Medical and sanitary report of the native army of Bengal for the year
Year: 1878
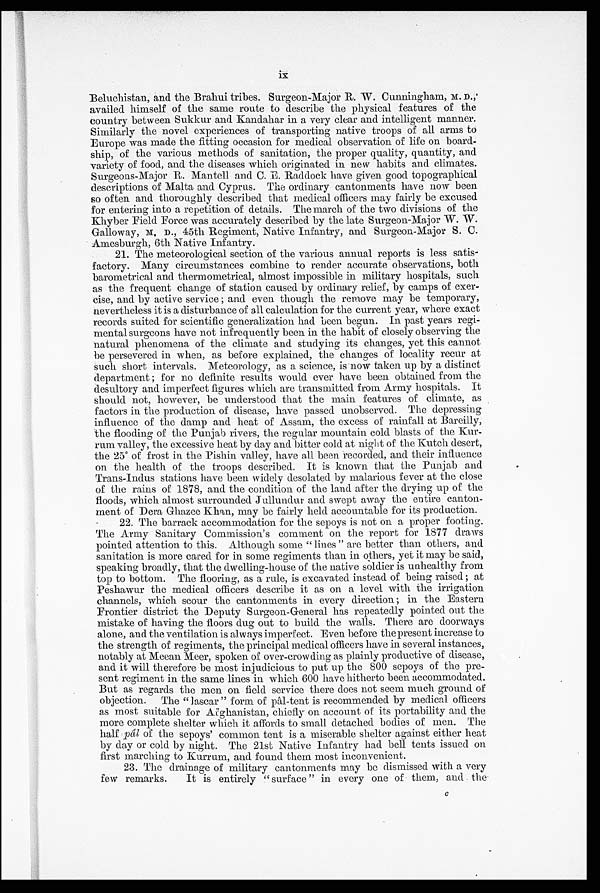
ix
Beluchistan, and the Brahui tribes. Surgeon-Major R. W. Cunningham, M. D.,
availed himself of the same route to describe the physical features of the
country between Sukkur and Kandahar in a very clear and intelligent manner.
Similarly the novel experiences of transporting native troops of all arms to
Europe was made the fitting occasion for medical observation of life on board
-ship, of the various methods of sanitation, the proper quality, quantity, and
variety of food, and the diseases which originated in new habits and climates.
Surgeons-Major R. Mantell and C. E. Raddock have given good topographical
descriptions of Malta and Cyprus. The ordinary cantonments have now been
so often and thoroughly described that medical officers may fairly be excused
for entering into a repetition of details. The march of the two divisions of the
Khyber Field Force was accurately described by the late Surgeon-Major W. W.
Galloway, M. D., 45th Regiment, Native Infantry, and Surgeon-Major S. C.
Amesburgh, 6th Native Infantry.
21. The meteorological section of the various annual reports is less satis
- f a c t o r y . M a n y c i r c u m s t a n c e s c o m b i n e t o r e n d e r a c c u r a t e o b s e r v a t i o n s , b o t h
barometrical and thermometrical, almost impossible in military hospitals, such
as the frequent change of station caused by ordinary relief, by camps of exer
- c i s e , a n d b y a c t i v e s e r v i c e ; a n d e v e n t h o u g h t h e r e m o v e m a y b e t e m p o r a r y ,
nevertheless it is a disturbance of all calculation for the current year, where exact
records suited for scientific generalization had been begun. In past years regi
- m e n t a l s u r g e o n s h a v e n o t i n f r e q u e n t l y b e e n i n t h e h a b i t o f c l o s e l y o b s e r v i n g t h e
natural phenomena of the climate and studying its changes, yet this cannot
be persevered in when, as before explained, the changes of locality recur at
such short intervals. Meteorology, as a science, is now taken up by a distinct
department; for no definite results would ever have been obtained from the
desultory and imperfect figures which are transmitted from Army hospitals. It
should not, however, be understood that the main features of climate, as
factors in the production of disease, have passed unobserved. The depressing
influence of the damp and heat of Assam, the excess of rainfall at Bareilly,
the flooding of the Punjab rivers, the regular mountain cold blasts of the Kur
- r u m v a l l e y , t h e e x c e s s i v e h e a t b y d a y a n d b i t t e r c o l d a t n i g h t o f t h e K u t c h d e s e r t ,
the 25° of frost in the Pishin valley, have all been recorded, and their influence
on the health of the troops described. It is known that the Punjab and
Trans-Indus stations have been widely desolated by malarious fever at the close
of the rains of 1878, and the condition of the land after the drying up of the
floods, which almost surrounded Jullundur and swept away the entire canton
- m e n t o f D e r a G h a z e e K h a n , m a y b e f a i r l y h e l d a c c o u n t a b l e f o r i t s p r o d u c t i o n .
22. The barrack accommodation for the sepoys is not on a proper footing.
The Army Sanitary Commission's comment on the report for 1877 draws
pointed attention to this. Although some "lines" are better than others, and
sanitation is more cared for in some regiments than in others, yet it may be said,
speaking broadly, that the dwelling-house of the native soldier is unhealthy from
top to bottom. The flooring, as a rule, is excavated instead of being raised; at
Peshawur the medical officers describe it as on a level with the irrigation
channels, which scour the cantonments in every direction; in the Eastern
Frontier district the Deputy Surgeon-General has repeatedly pointed out the
mistake of having the floors dug out to build the walls. There are doorways
alone, and the ventilation is always imperfect. Even before the present increase to
the strength of regiments, the principal medical officers have in several instances,
notably at Meean Meer, spoken of over-crowding as plainly productive of disease,
and it will therefore be most injudicious to put up the 800 sepoys of the pre
- s e n t r e g i m e n t i n t h e s a m e l i n e s i n w h i c h 6 0 0 h a v e h i t h e r t o b e e n a c c o m m o d a t e d .
But as regards the men on field service there does not seem much ground of
objection. The "lascar" form of pâl-tent is recommended by medical officers
as most suitable for Afghanistan, chiefly on account of its portability and the
more complete shelter which it affords to small detached bodies of men. The
half pâl of the sepoys' common tent is a miserable shelter against either heat
by day or cold by night. The 21st Native Infantry had bell tents issued on
first marching to Kurrum, and found them most inconvenient.
23. The drainage of military cantonments may be dismissed with a very
few remarks. It is entirely "surface" in every one of them, and the